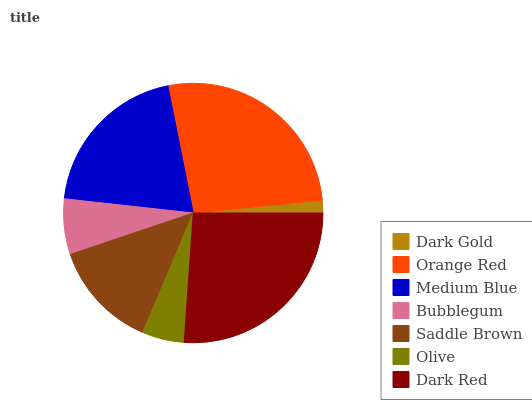
| Dark Gold | Orange Red | Medium Blue | Bubblegum | Saddle Brown | Olive | Dark Red |
 | --- | --- | --- | --- | --- | --- | --- |
 | 1.59% | 26.6% | 20.1% | 6.91% | 13.5% | 5.25% | 26.1% |